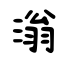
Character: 滃